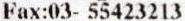
FAX:03- 55423213